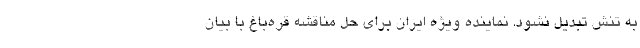
به تنش تبدیل نشود. نماینده ویژه ایران برای حل مناقشه قره‌باغ با بیان